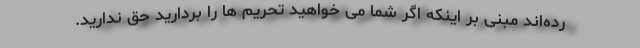
رده‌اند مبنی بر اینکه اگر شما می خواهید تحریم ها را بردارید حق ندارید.